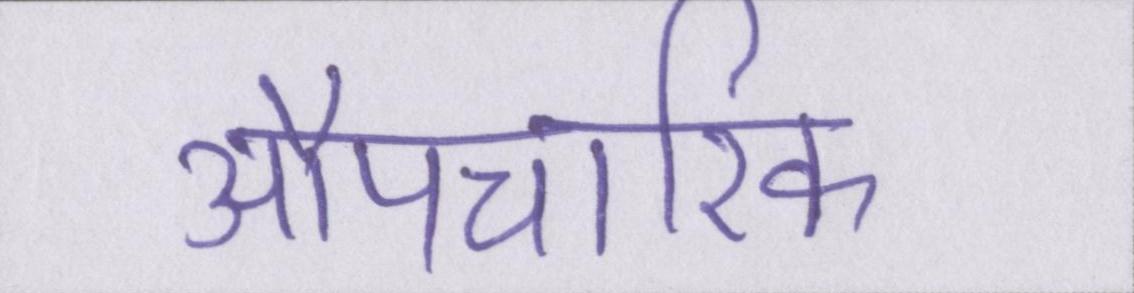
औपचारिक